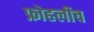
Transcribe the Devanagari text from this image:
फ्रोहलीच